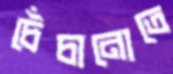
চেঁচানোতে